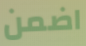
اضمن